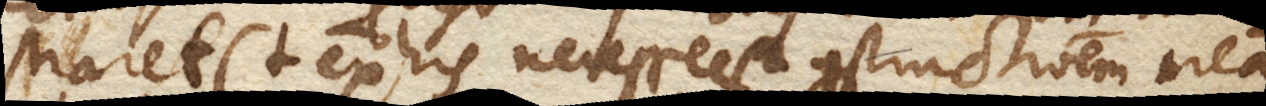
straret. (+ Ex his necesse est constructionem meam